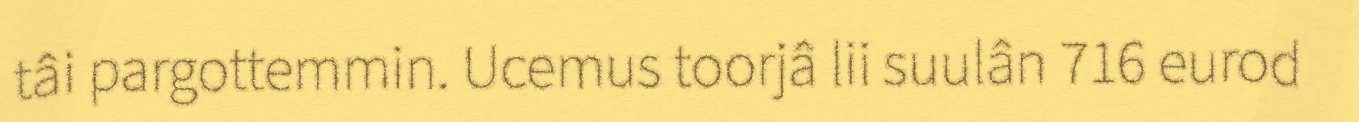
tâi pargottemmin. Ucemus toorjâ lii suulân 716 eurod